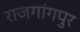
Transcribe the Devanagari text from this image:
राजगांगपुर